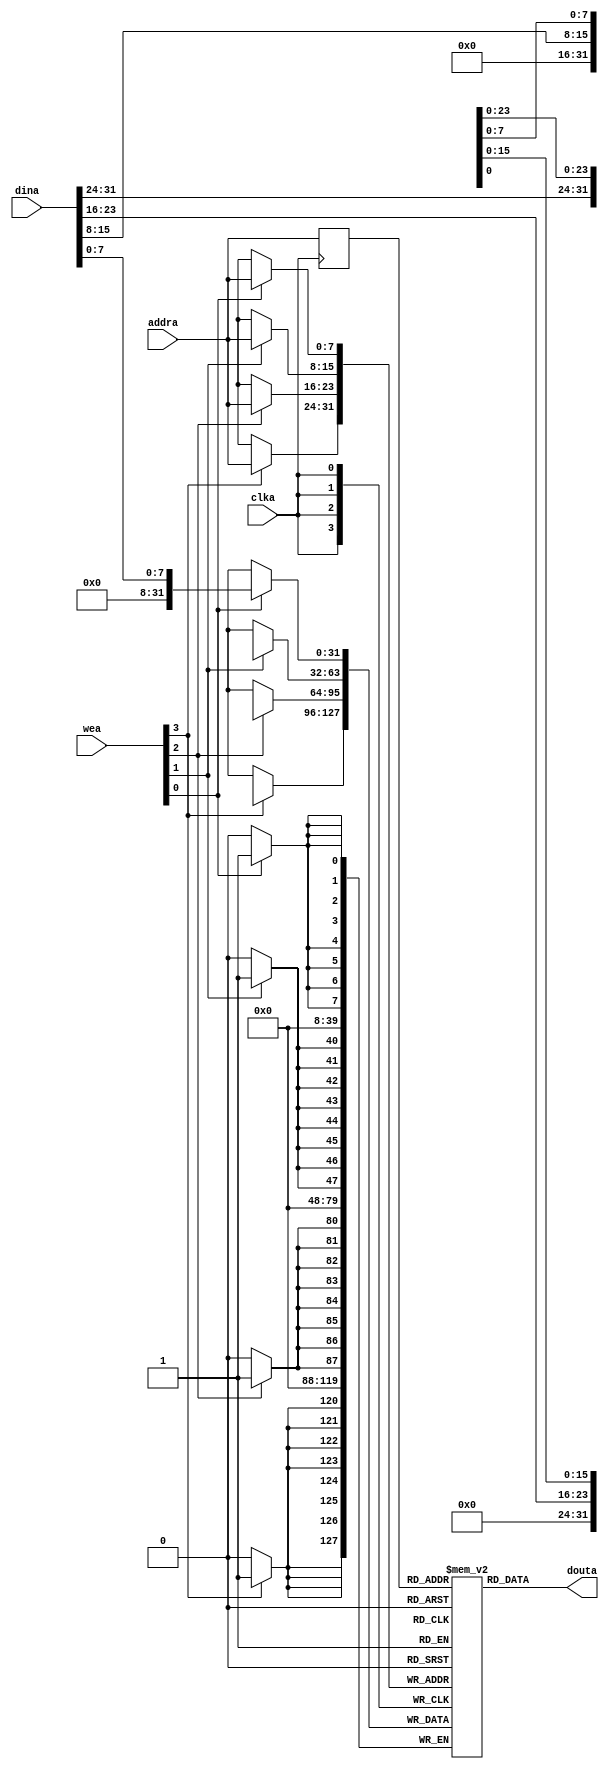
/* blockram.v

 Copyright (c) 2012-2015, Stephen J. Leary
 All rights reserved.
 
 Redistribution and use in source and binary forms, with or without
 modification, are permitted provided that the following conditions are met:
     * Redistributions of source code must retain the above copyright
 *       notice, this list of conditions and the following disclaimer.
 *     * Redistributions in binary form must reproduce the above copyright
 *       notice, this list of conditions and the following disclaimer in the
 *       documentation and/or other materials provided with the distribution.
 *     * Neither the name of the <organization> nor the
 *       names of its contributors may be used to endorse or promote products
 *       derived from this software without specific prior written permission.
 * 
 * THIS SOFTWARE IS PROVIDED BY THE COPYRIGHT HOLDERS AND CONTRIBUTORS "AS IS" AND
 * ANY EXPRESS OR IMPLIED WARRANTIES, INCLUDING, BUT NOT LIMITED TO, THE IMPLIED
 * WARRANTIES OF MERCHANTABILITY AND FITNESS FOR A PARTICULAR PURPOSE ARE
 * DISCLAIMED. IN NO EVENT SHALL <COPYRIGHT HOLDER> BE LIABLE FOR ANY
 * DIRECT, INDIRECT, INCIDENTAL, SPECIAL, EXEMPLARY, OR CONSEQUENTIAL DAMAGES
 * (INCLUDING, BUT NOT LIMITED TO, PROCUREMENT OF SUBSTITUTE GOODS OR SERVICES;
 * LOSS OF USE, DATA, OR PROFITS; OR BUSINESS INTERRUPTION) HOWEVER CAUSED AND
 * ON ANY THEORY OF LIABILITY, WHETHER IN CONTRACT, STRICT LIABILITY, OR TORT
 * (INCLUDING NEGLIGENCE OR OTHERWISE) ARISING IN ANY WAY OUT OF THE USE OF THIS
 * SOFTWARE, EVEN IF ADVISED OF THE POSSIBILITY OF SUCH DAMAGE.
 */
module blockram  #
(
   parameter init_file        = "UNUSED",
   parameter mem_size 		   = 8
)
(
		   input 		clka,
		   input [3:0] 		wea, // Port A write enable
		   input [31:0] 	dina, // Port A data input
		   input [mem_size-1:0] addra, // Port A address input
		   output [31:0] 	douta
);

   reg [mem_size-1:0] 			addra_latched;
   reg [31:0] 				mem_data [0:(1<<mem_size)-1];

   initial 
     begin 
	if (init_file != "UNUSED") begin
	   $readmemh(init_file, mem_data);
		end
     end
   
   always @(posedge clka)
     begin
	
	addra_latched <= addra;
	
	if (wea[0]) 
	  mem_data[addra][7:0] <= dina[7:0];
	if (wea[1]) 
	  mem_data[addra][15:8] <= dina[15:8];
	if (wea[2]) 
	  mem_data[addra][23:16] <= dina[23:16];
	if (wea[3]) 
	  mem_data[addra][31:24] <= dina[31:24];
	
     end
   
   assign douta = mem_data[addra_latched];

endmodule // ALTERA_MF_MEMORY_INITIALIZATION